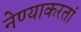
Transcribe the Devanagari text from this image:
नेण्याकरतां